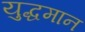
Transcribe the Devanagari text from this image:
युद्धमान